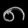
Digit: ၈